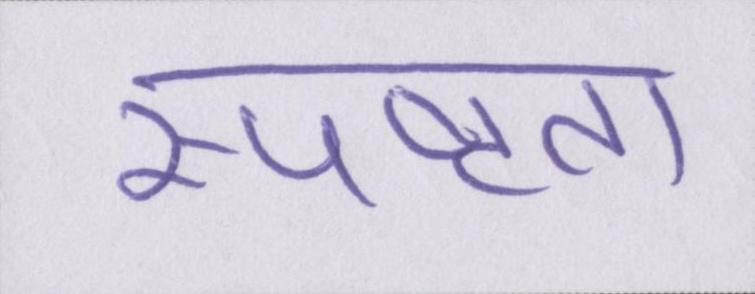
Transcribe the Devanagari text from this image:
स्पष्टता